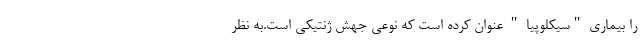
را بیماری "سیکلوپیا " عنوان کرده است که نوعی جهش ژنتیکی است.به نظر